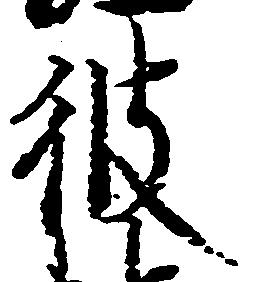
彼